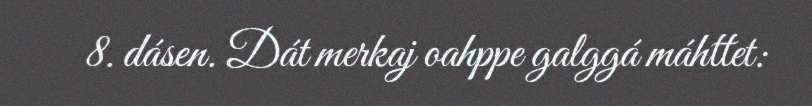
8. dásen. Dát merkaj oahppe galggá máhttet: